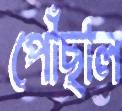
পোঁছাল